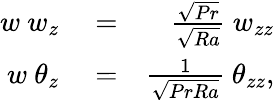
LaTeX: \begin{array}{rlr}{w\ w_{z}}&{{}=}&{\frac{\sqrt{Pr}}{\sqrt{Ra}}\ w_{zz}}\\ {w\ \theta_{z}}&{{}=}&{\frac{1}{\sqrt{PrRa}}\ \theta_{zz},}\end{array}